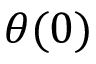
\theta ( 0 )